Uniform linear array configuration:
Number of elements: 64
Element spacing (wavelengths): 0.5
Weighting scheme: kaiser
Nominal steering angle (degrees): -30
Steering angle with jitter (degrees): -31.398
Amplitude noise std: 0.05
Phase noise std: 0.05

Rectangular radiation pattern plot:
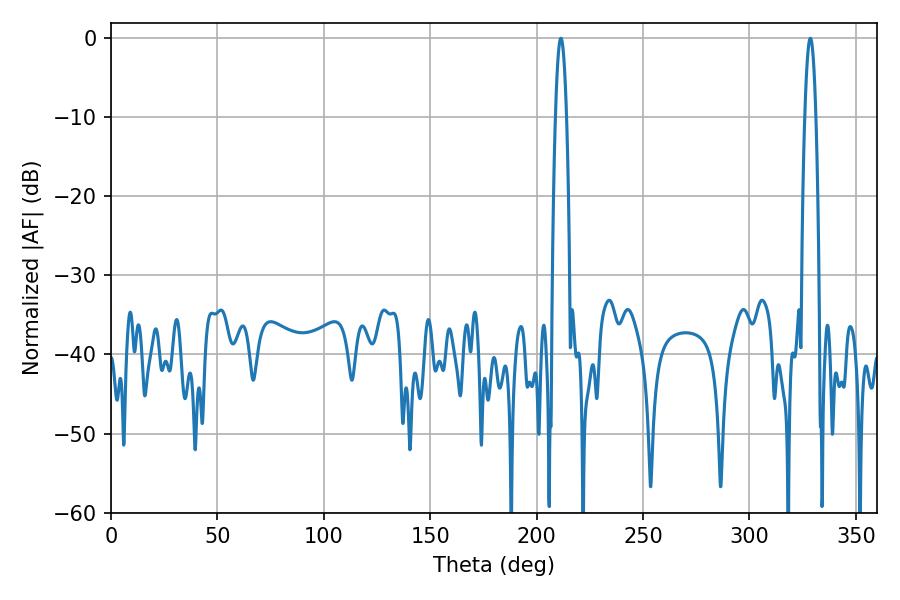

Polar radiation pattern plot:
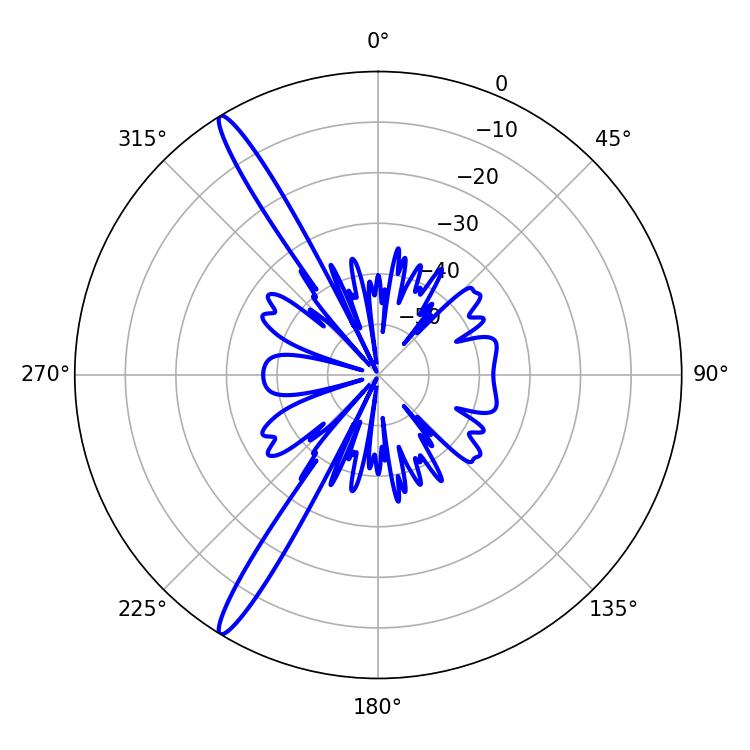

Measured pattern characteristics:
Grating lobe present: FALSE
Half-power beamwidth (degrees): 2.7
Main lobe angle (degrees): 211.32